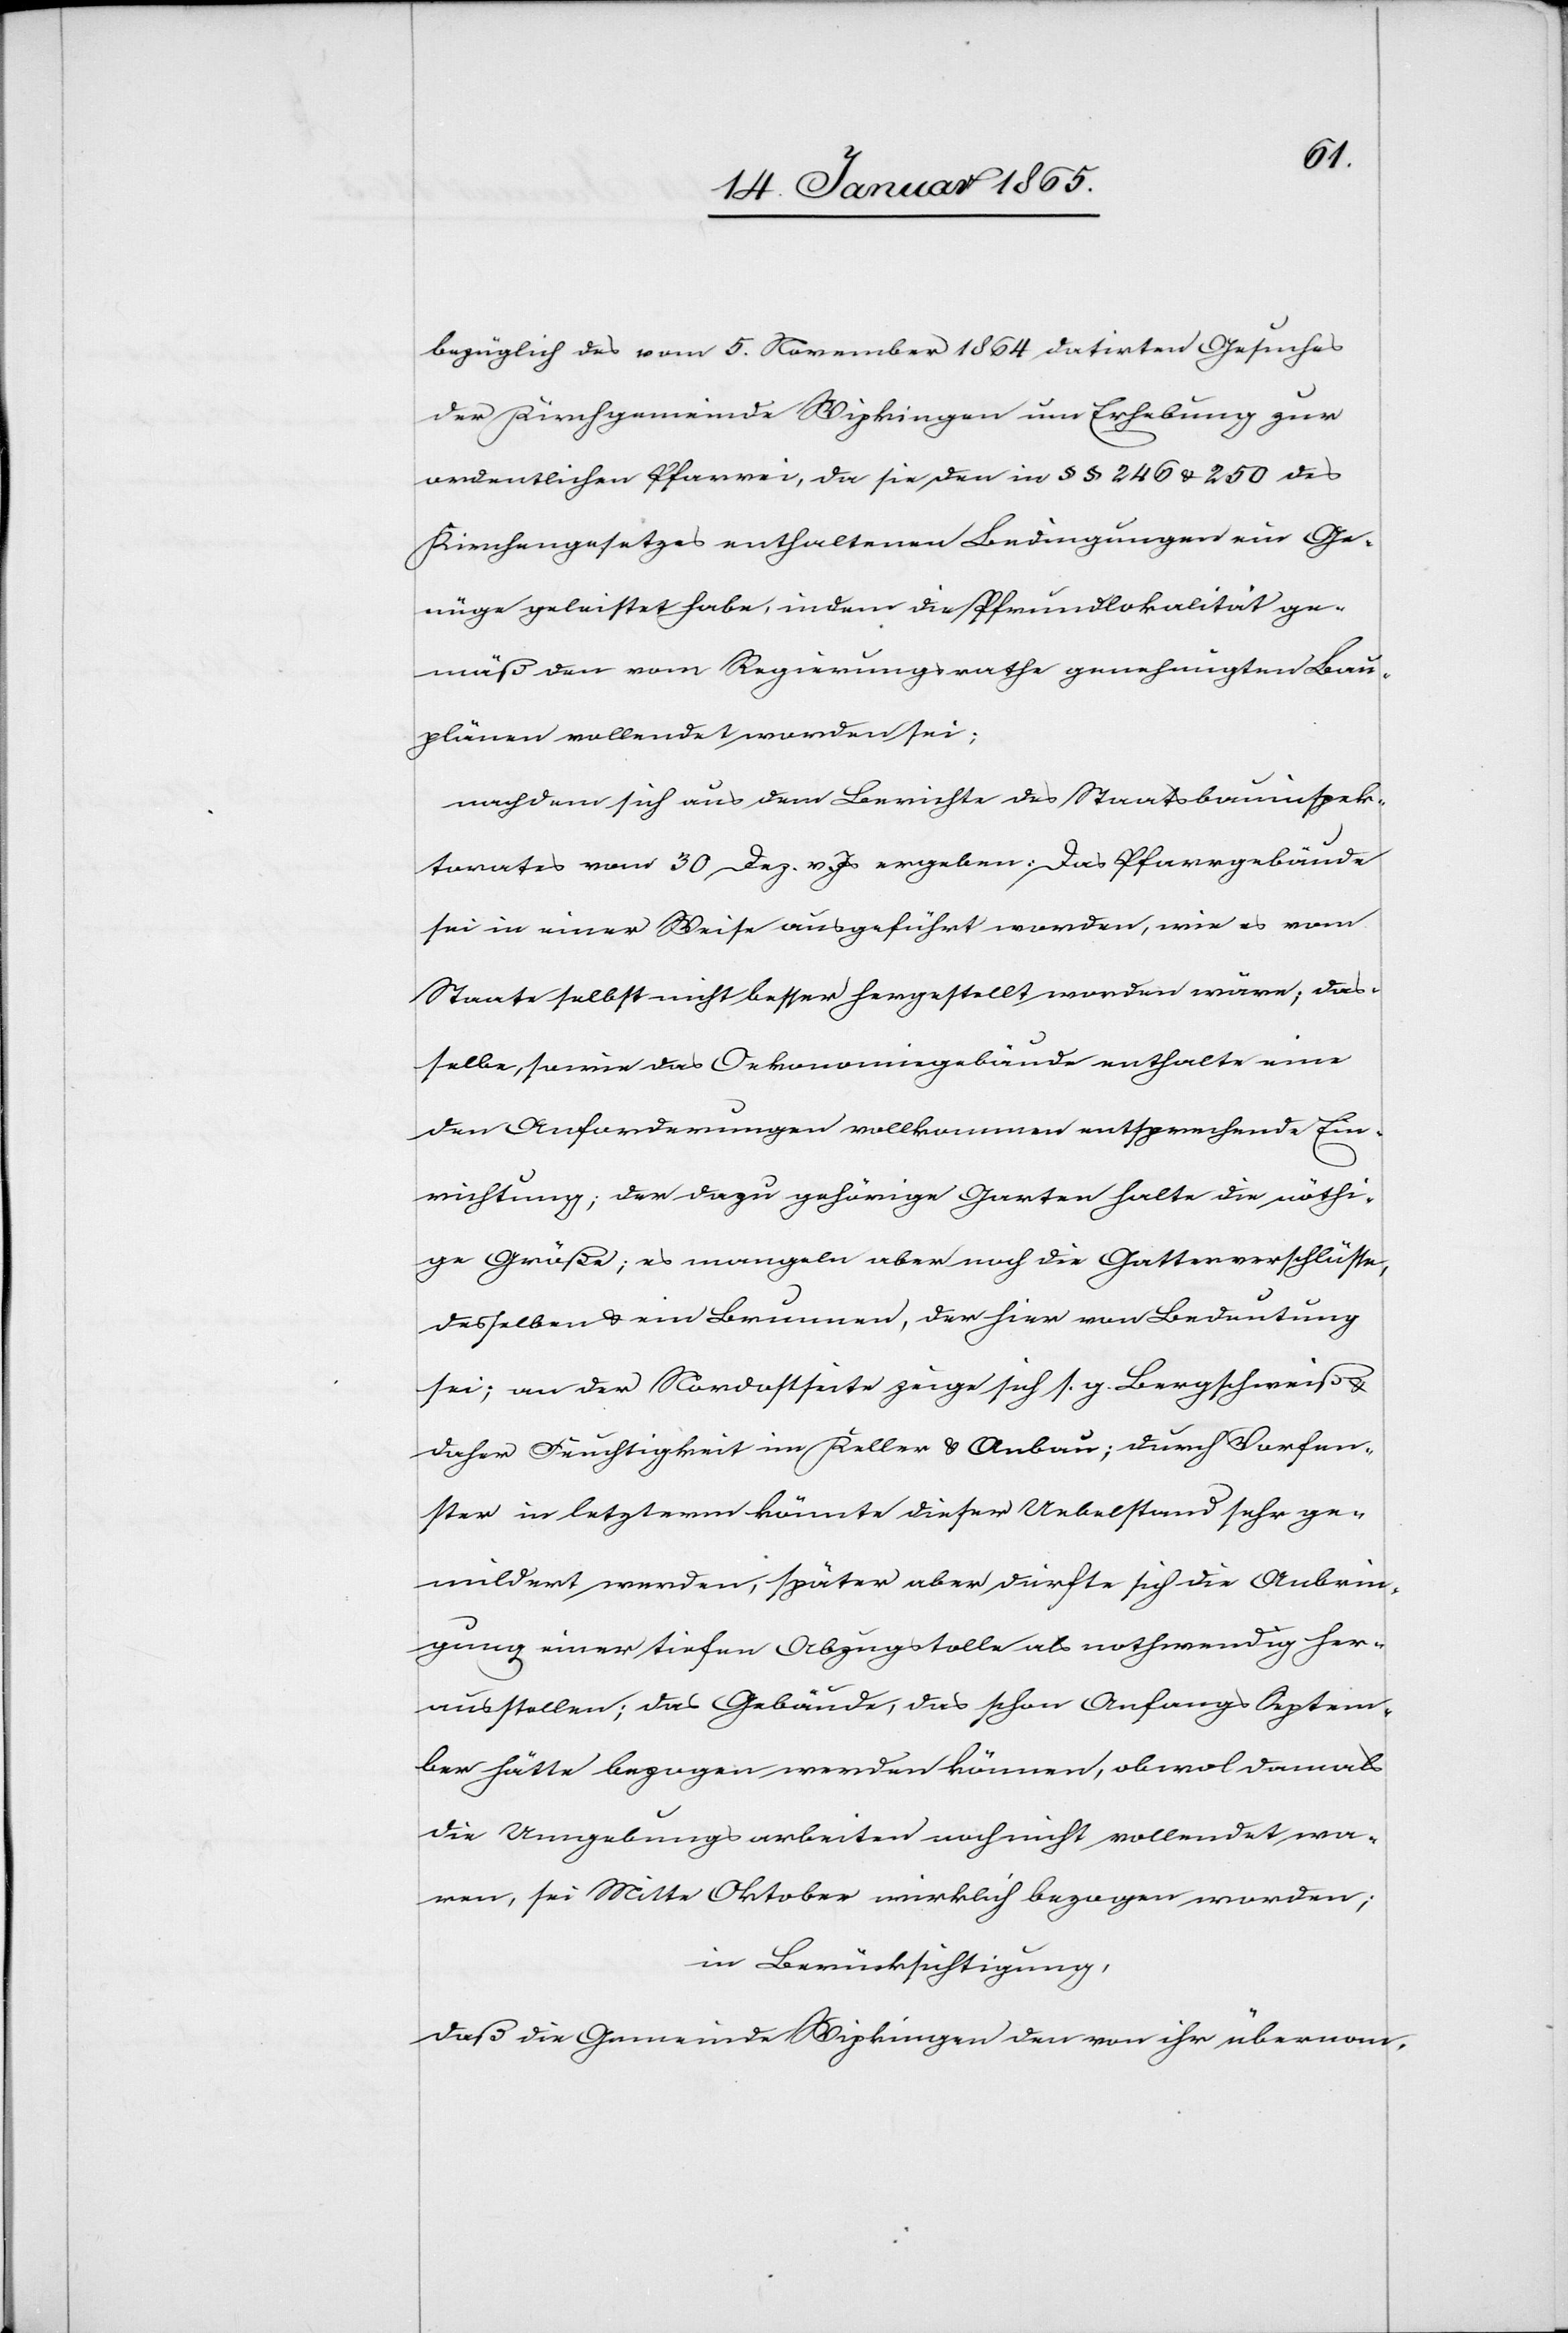
bezüglich des vom 5. November 1864 datirten Gesuches
der Kirchgemeinde Wipkingen um Erhebung zur
ordentlichen Pfarrei, da sie den in § § 246 u. 250 des
Kirchengesetzes enthaltenen Bedingungen ein Ge¬
nüge geleistet habe, indem die Pfrundlokalität ge¬
mäß den vom Regierungsrathe genehmigten Bau¬
plänen vollendet worden sei:
nachdem sich aus dem Berichte des Staatsbauinspek¬
torates vom 30 Dez. v. Js ergeben: Das Pfarrgebäude
sei in einer Weise ausgeführt worden, wie es vom
Staate selbst nicht beßer hergestellt worden wäre, das¬
selbe, sowie das Oekonomiegebäude enthalte eine
den Anforderungen vollkommen entsprechende Ein¬
richtung, der dazu gehörige Garten halte die nöthi¬
ge Größe; es mangeln aber noch die Gatterverschlüsse,
desselben u. ein Brunnen, der hier von Bedeutung
sei; an der Nordostseite zeige sich s. g. Bergschweiß &
daher Feuchtigkeit im Keller u. Anbau; durch Vorfen¬
ster in letzterm könnte dieser Uebelstand sehr ge¬
mildert werden, später aber dürfte sich die Anbrin¬
gung einer tiefen Abzugstolle als nothwendig her¬
ausstellen; das Gebäude, das schon Anfangs Septem¬
ber hätte bezogen werden können, obwol damals
die Umgebungsarbeiten noch nicht vollendet wa¬
ren, sei Mitte Oktober wirklich bezogen worden;
in Berücksichtigung,
daß die Gemeinde Wipkingen den von ihr übernom-